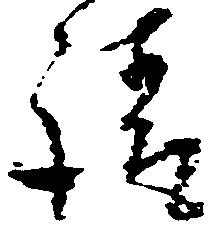
請